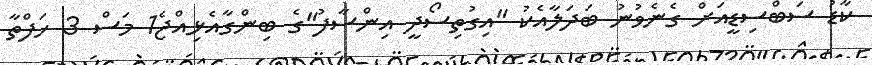
ކާޑު ސަބްސިޑީއަށް ގެނެވުނު ބަދަލާއެކު "އިގުތިސޯދީ އިންސާފު"ގެ ބިންގާއެޅިއްޖެ1 މަސް 3 ހަފްތާ